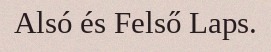
Alsó és Felső Laps.